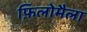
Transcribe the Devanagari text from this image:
फ़िलोमैला